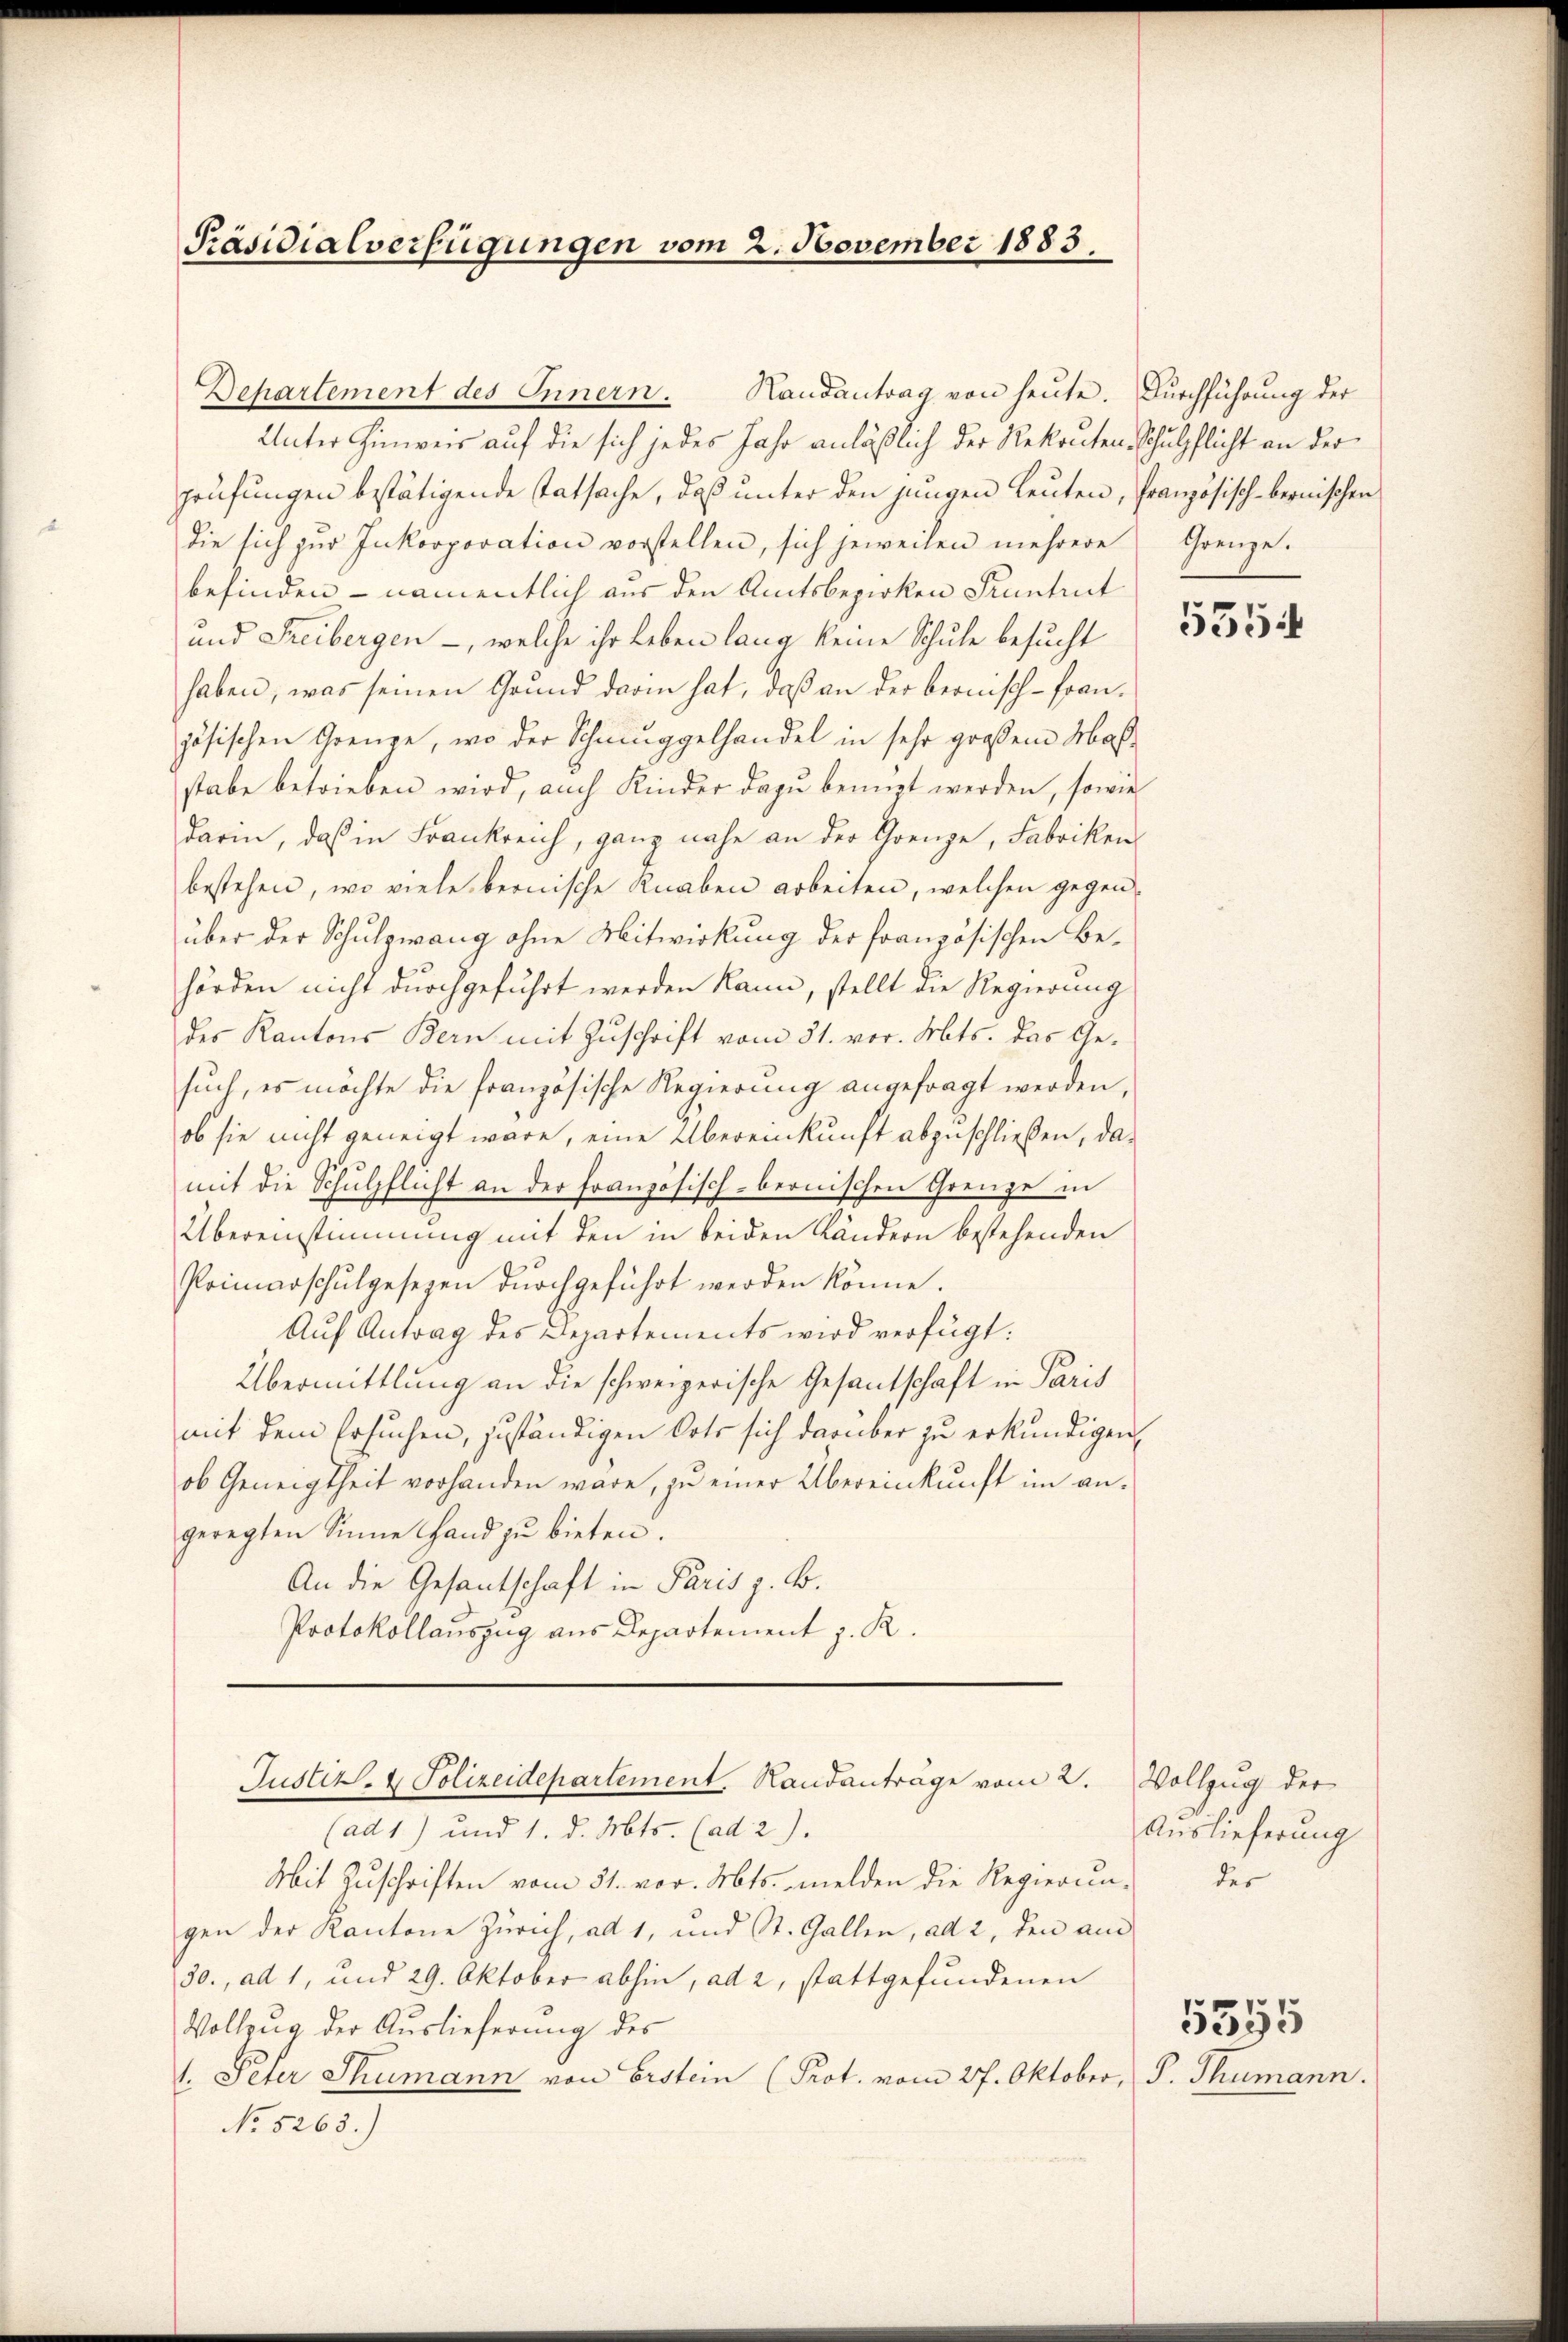
Präsidialverfügungen vom 2. November 1883.

Departement des Innern. Handantrag von heute. Durchführung der

Justiz- & Polizeidepartement. Handanträge vom 2.

Unter Hinweis auf die sich jedes Jahr anläßlich der Rekruten Schulpflicht an der
prüfungen bestätigende Tatsache, daß unter den jungen Leuten, französisch-bernischen
die sich zŭr Inkorporation vorstellen, sich jeweilen mehrere Grenze.
befinden - namentlich aus den Amtsbezirken Kuntrut
und Freibergen -, welche ihr Leben lang keine Schule besucht
haben, was seinen Grund darin hat, daß an der bernisch-Französischen Grenze, wo der Schmuggelhandel in sehr großem Maßstabe betrieben wird, auch Kinder dazu benuzt werden, sowie
darin, daß in Frankreich, ganz nahe an der Grenze, Fabriken
bestehen, wo viele bernische Knaben arbeiten, welchen gegenüber der Schulzwang ohne Mitwirkung der französischen Behörden nicht durchgeführt werden kann, stellt die Regierung
des Kantons Bern mit Zuschrift vom 31. vor. Mts. das Gesuch, es möchte die französische Regierung angefragt werden,
ob sie nicht geneigt wäre, eine Übereinkunft abzuschließen, damit die Schulpflicht an der französisch-bernischen Grenze in
Übereinstimmung mit den in beiden Kändern bestehenden
Primarschulgesezen dŭrchgeführt werden könne.
Auf Antrag des Departements wird verfügt:
Übermittlung an die schweizerische Gesandschaft in Paris
mit dem Ersuchen, zuständigen Orts sich darüber zu erkundigen,
ob Geneigtheit vorhanden wäre, zu einer Übereinkunft im angeregten Sinne Hand zu bieten.
An die Gesantschaft in Paris z. B.
Protokollauszug aus Departement z. R.

(ad 1) und 1. d. Mts. (ad 2).
Mit Zuschriften vom 31. vor. Mts. melden die Regierun-
gen der Kantone Zürich, ad 1, und St. Gallen, ad 2, den am
30., ad 1, und 29. Oktober abhin, ad 2, stattgefundenen
Vollzug der Auslieferung des
1. Peter Thumann von Erstein (Prot. vom 27. Oktober, S. Thumann.
No 5263.)

5354

Vollzug der
Auslieferung
der

5355